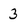
Character: 3